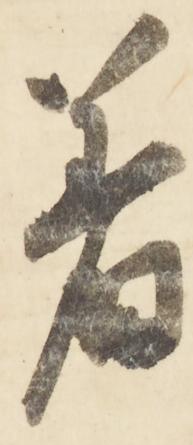
着